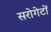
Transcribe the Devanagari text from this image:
सरोगेटों